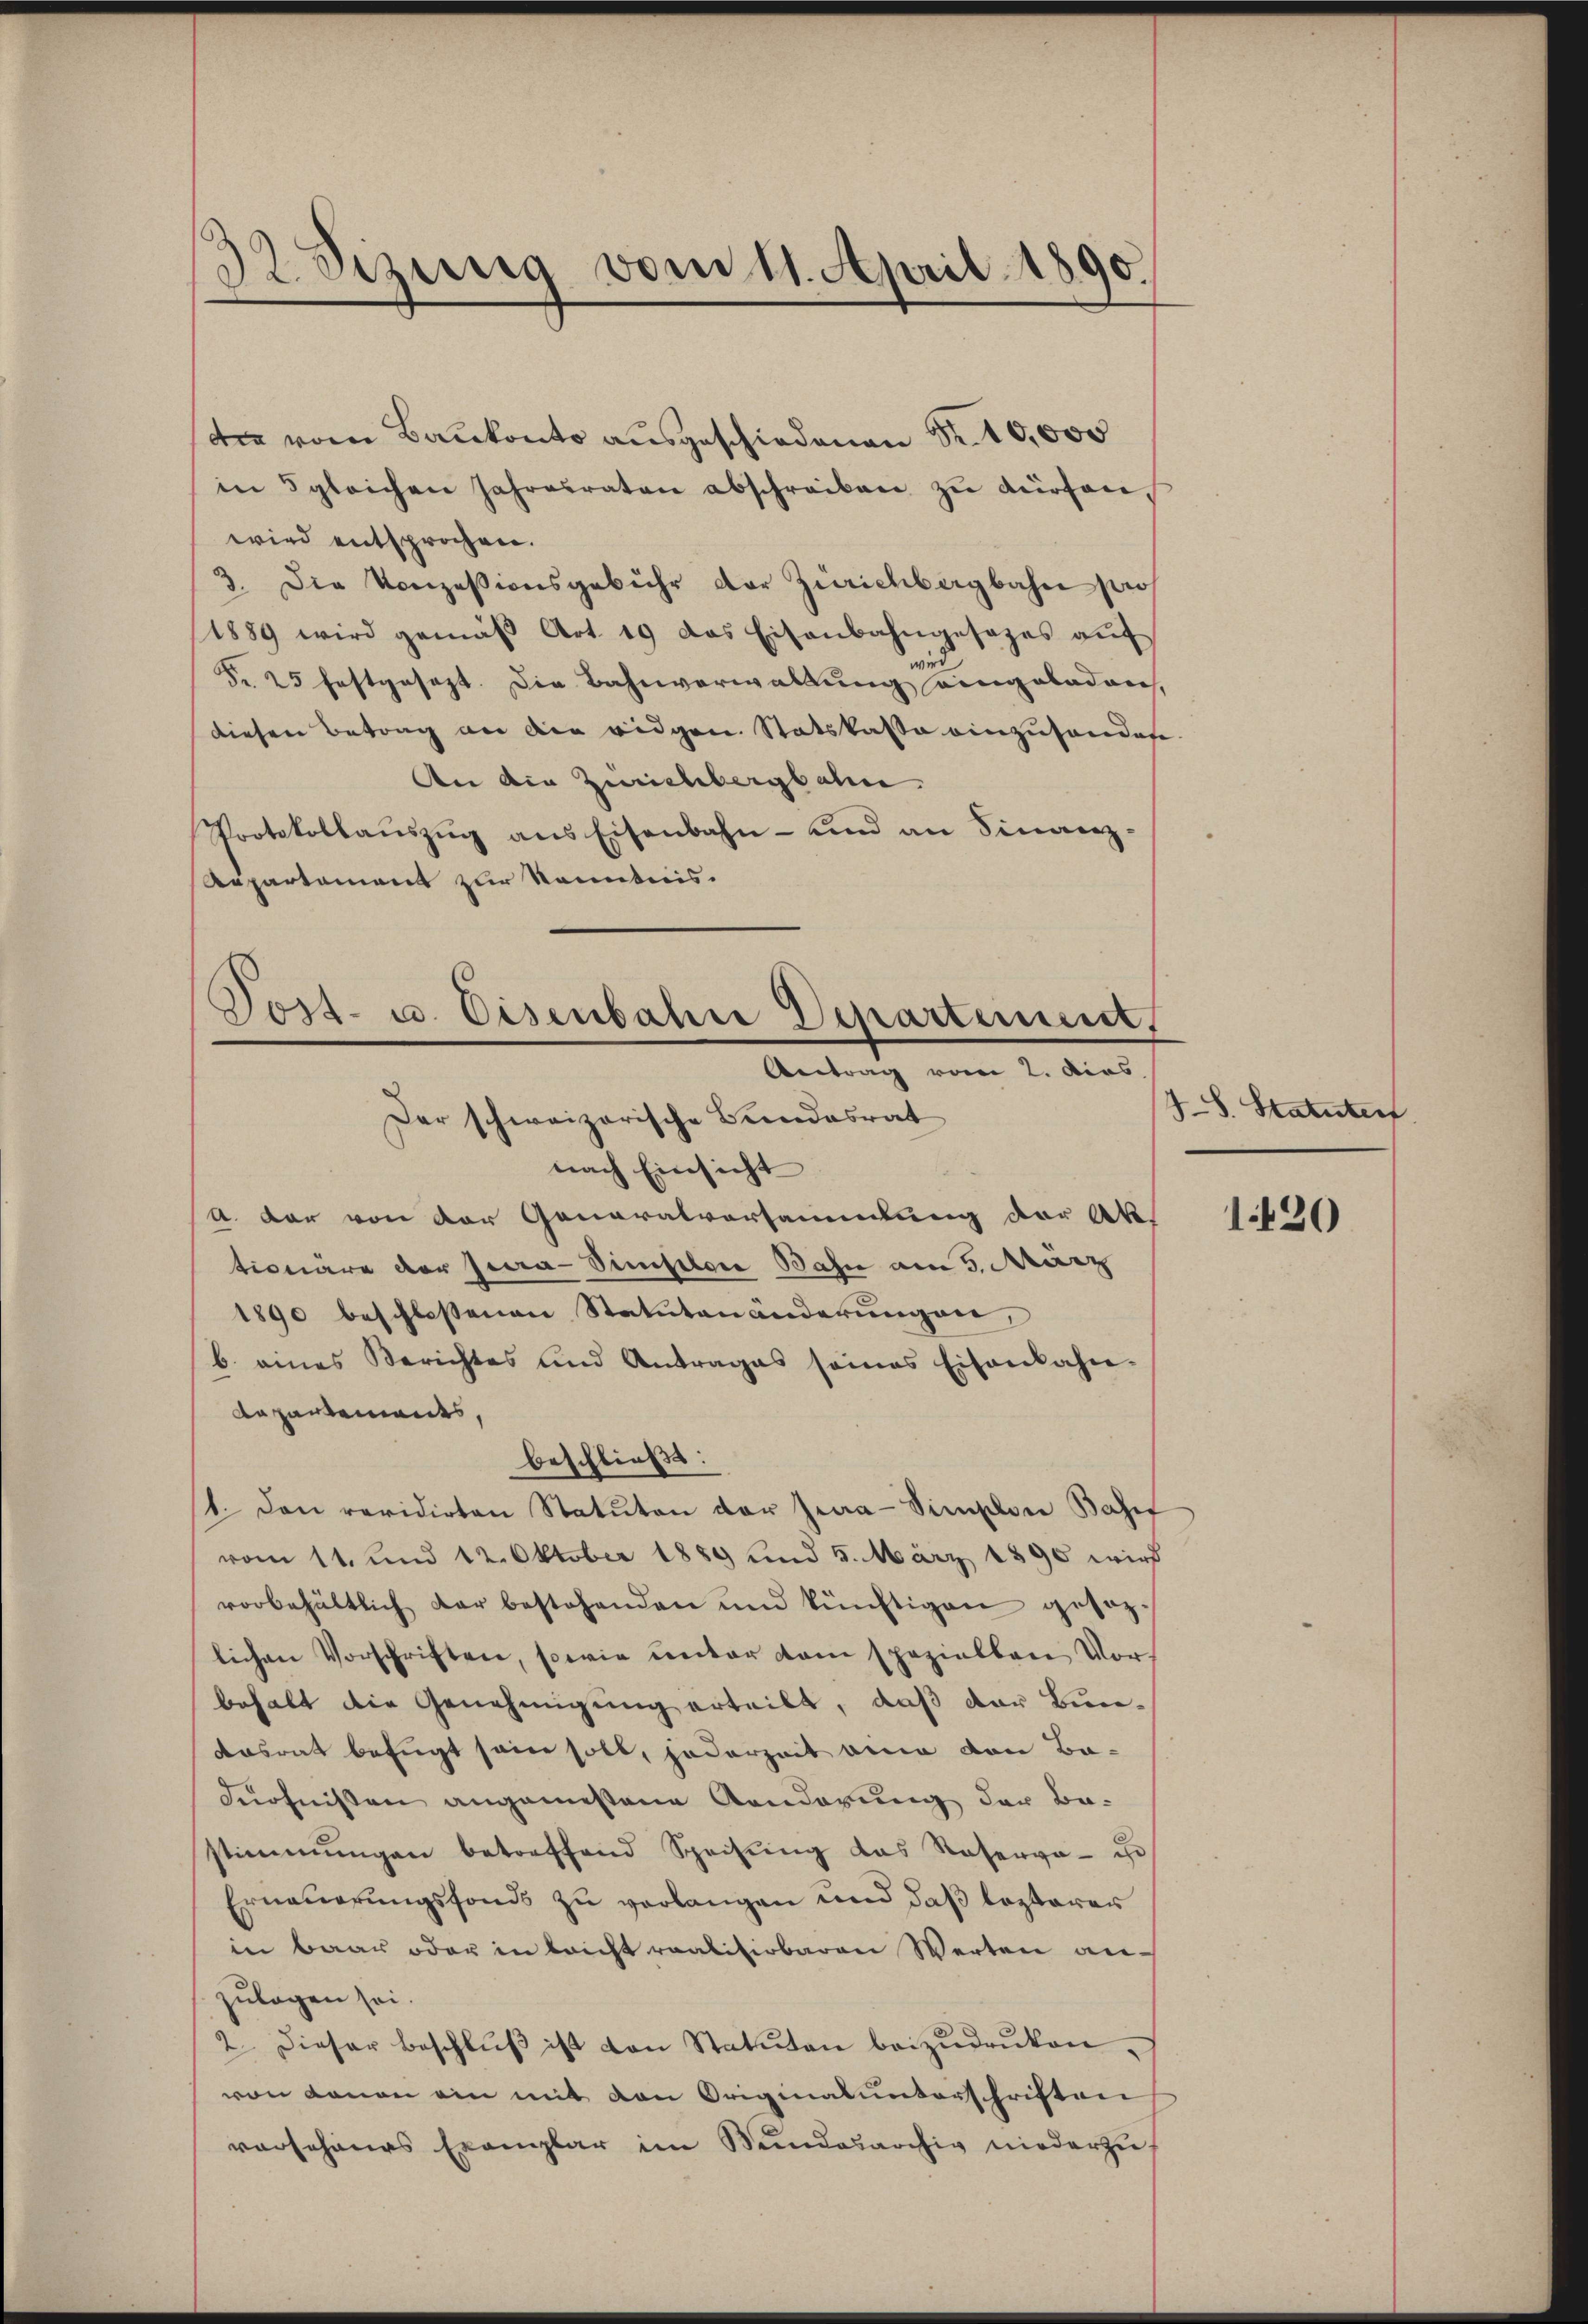
32 Sizung vom 11. April 1890.

dee vom Baukonto ausgeschiedenen Fr. 10,000
in 5 gleichen Jahresraten abschreiben zŭ dürfen,
wird entsprochen.
3. Die Konzessionsgebühr der Zürichbergbahn pro
1889 wird gemäβ Art. 19 das Eisenbahngesezes aŭf
Fr. 25 festgesezt. Die Bahnverwaltung eingeladen,
diesen Betrag an die eidgen. Statskasse einzusenden.
An die Zürichbergbahn
Protokollaŭszŭg ans Eisenbahn- und an Finanz-
Aepartament zur Kenntnis.

Tost- u. Eisenbahne Departement,
Antrag vom 2. Dies
Der schweizerische Beendesrat

nach Einsicht
A. dar von der Generalvorsammlung der Ak
tionäre der Jura-Simplon Bahn am 5. März
1890 beschlossenen Statutenänderungen,
b. eines Berichtes und Antrages seines Eisenbahn-
departements,
beschließt:
1. Den revidirten Statuten der Jura-Simplon Basel
vom 11. und 12. Oktober 1889 und 5. März 1890 wird
vorbehältlich dar bestehenden und künftigen gesezlichen Vorschriften, sowie unter dem speziellen Vorbehalt die Genehmigung erteilt, daß der Bun¬
Aasrat befugt sein soll, jederzeit eine von Ba-
dürfnissen angemessene Aenderung der Be-
stimmungen betreffend Speisŭng das Reserva-
Erneuerungsfonds zu verlangen und daß lezterer
in baar oder in leicht realisirbaren Werten an-
zulagen sei.
2. Dieser Beschlŭβ ist von Statuten beizudruken.
von donan ein mit den Originalunterschriften
vorschines Exemplar im Bundesarchiv niederzus

48. Statuten

1420